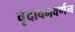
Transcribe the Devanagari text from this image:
वृंदावनवर्णन